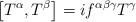
LaTeX: \begin{align*}\left [ T^\alpha ,T^\beta \right ] = if^{\alpha \beta \gamma } T^\gamma \end{align*}